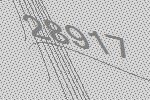
28917